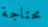
محتاجة